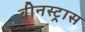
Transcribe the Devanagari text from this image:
वीनस्ट्रास